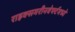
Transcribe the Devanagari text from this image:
राइक्समरीनवेर्फ्टमध्ये